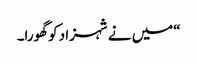
“میں نے شہزاد کو گھورا۔